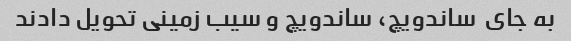
به جای  ساندویچ، ساندویچ و سیب زمینی تحویل دادند